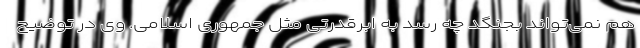
هم نمی‌تواند بجنگد چه رسد به ابرقدرتی مثل جمهوری اسلامی. وی در توضیح